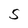
Character: S